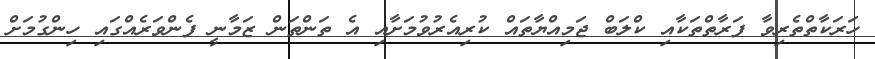
ހަރަކާތްތެރިވާ ފަރާތްތަކާއި ކްލަބް ޖަމިއްޔާތައް ކުރިއެރުވުމަށާއި އެ ތަންތަން ޒަމާނީ ފެންވަރެއްގައި ހިންގުމަށް